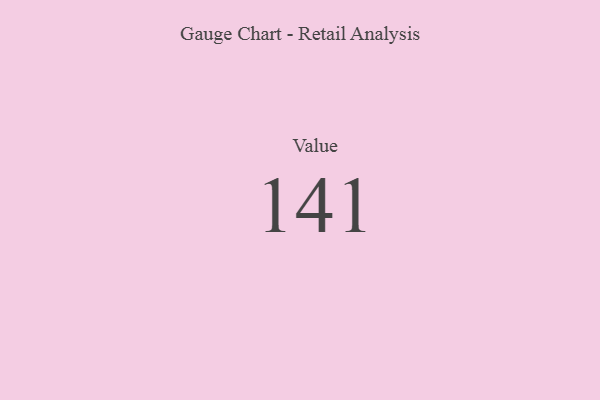
{"axis": {"x": "Metric", "y": "Value"}, "legend": [""], "data": [{"x": "Value", "y": 141, "type": ""}]}